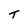
Character: t